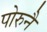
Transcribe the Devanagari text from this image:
पोरुनै